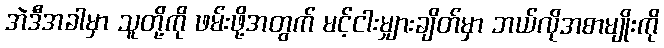
အဲဒီအခါမှာ သူတို့ကို ဖမ်းဖို့အတွက် မင့်ငါးမျှားချိတ်မှာ ဘယ်လိုအစာမျိုးကို